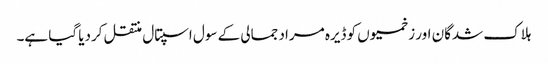
ہلاک شدگان اور زخمیوں کو ڈیرہ مراد جمالی کے سول اسپتال منتقل کردیا گیا ہے۔